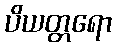
ပိယတ္တရော